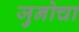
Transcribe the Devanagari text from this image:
जुनोचा